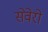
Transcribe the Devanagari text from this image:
सेवेरो